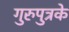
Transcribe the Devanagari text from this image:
गुरुपुत्रके